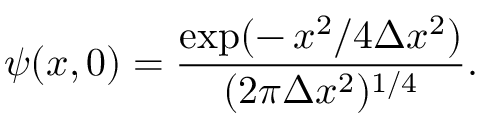
\psi ( x , 0 ) = \frac { \exp ( - \, x ^ { 2 } / 4 \Delta x ^ { 2 } ) } { ( 2 \pi \Delta x ^ { 2 } ) ^ { 1 / 4 } } .